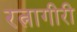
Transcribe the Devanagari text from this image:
रत्नागीरी